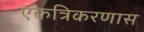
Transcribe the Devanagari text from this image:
एकत्रिकरणास